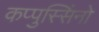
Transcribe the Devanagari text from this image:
कप्पुस्सिंनो